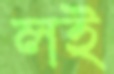
লই